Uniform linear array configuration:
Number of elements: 4
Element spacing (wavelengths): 0.25
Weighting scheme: cosine
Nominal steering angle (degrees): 45
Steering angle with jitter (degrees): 46.982
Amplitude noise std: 0.05
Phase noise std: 0.05

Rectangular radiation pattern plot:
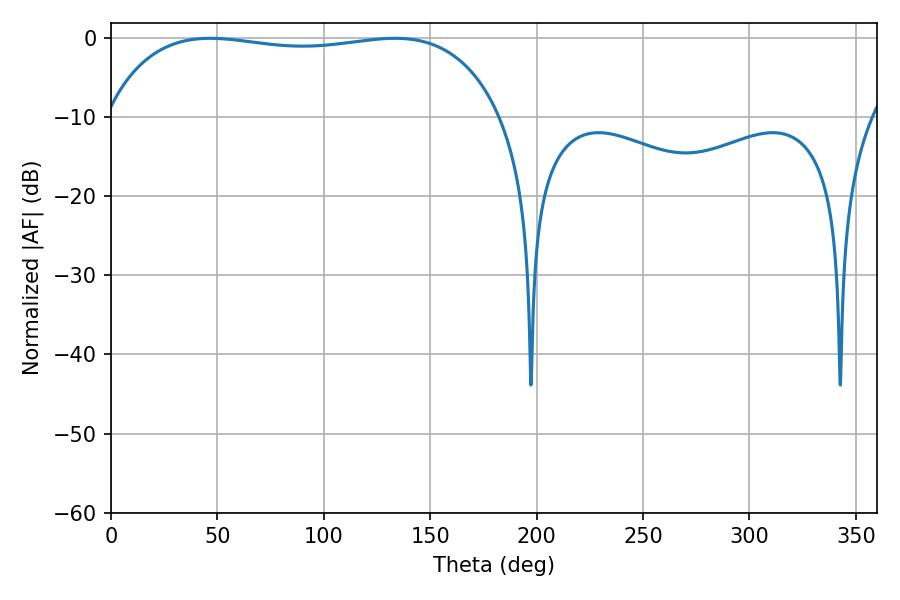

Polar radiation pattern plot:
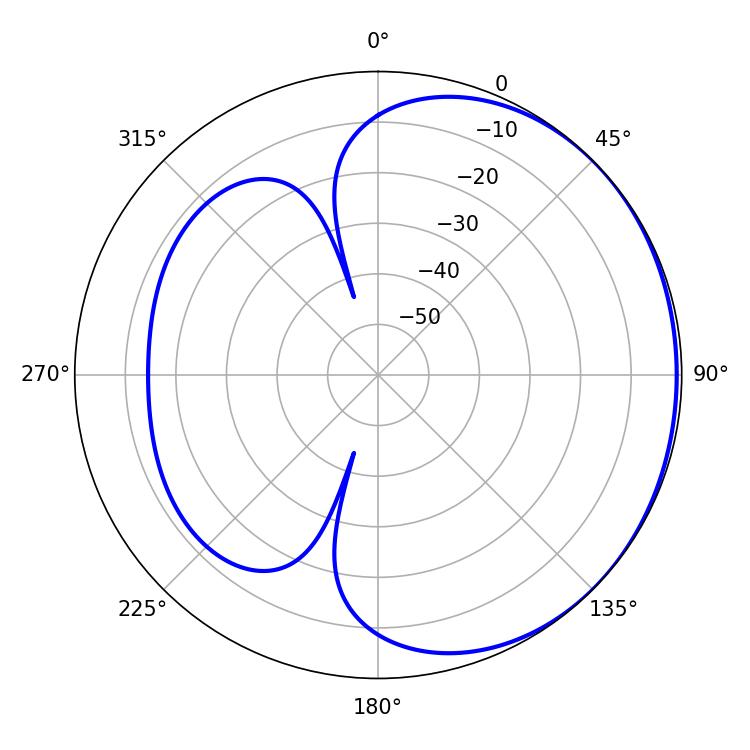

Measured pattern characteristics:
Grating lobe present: FALSE
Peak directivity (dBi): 0.8765
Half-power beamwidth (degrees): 149.4
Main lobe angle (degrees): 46.62